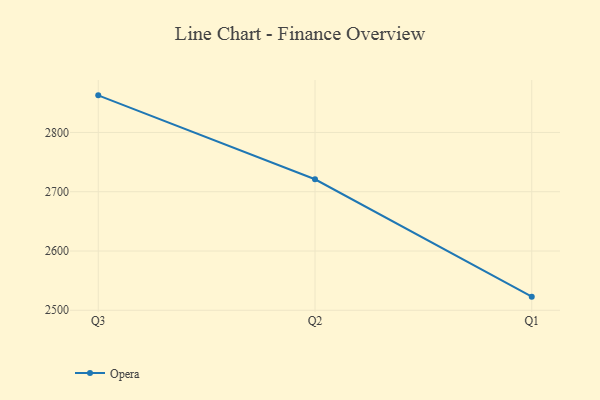
{"axis": {"x": "Quarter", "y": "Tickets Resolved"}, "legend": ["Opera"], "data": [{"x": "Q3", "y": 2862.6, "type": "Opera"}, {"x": "Q2", "y": 2721.0, "type": "Opera"}, {"x": "Q1", "y": 2523.0, "type": "Opera"}]}